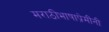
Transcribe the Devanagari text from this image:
मराठीभाषाप्रेमींनी